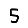
Digit: 5